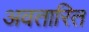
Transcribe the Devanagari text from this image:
अवतारित